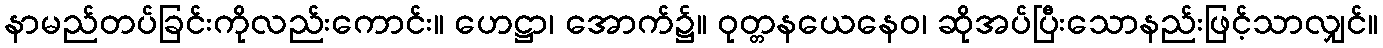
နာမည်တပ်ခြင်းကိုလည်းကောင်း။ ဟေဋ္ဌာ၊ အောက်၌။ ဝုတ္တနယေနေဝ၊ ဆိုအပ်ပြီးသောနည်းဖြင့်သာလျှင်။